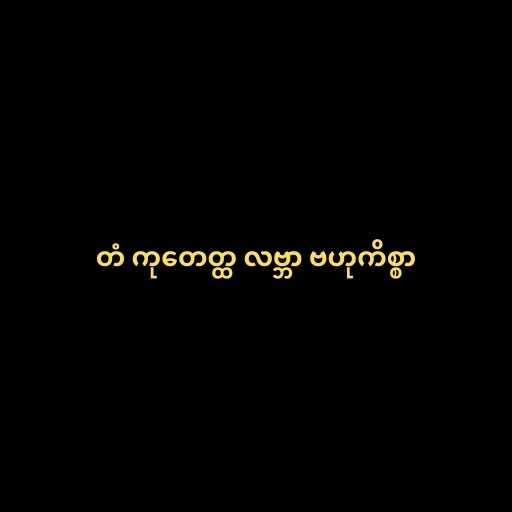
တံ ကုတေတ္ထ လဗ္ဘာ ဗဟုကိစ္စာ